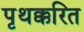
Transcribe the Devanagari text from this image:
पृथक्करित